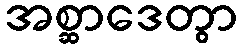
အစ္ဆာဒေတွာ